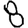
Digit: 8